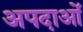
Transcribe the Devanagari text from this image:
अपदाओं